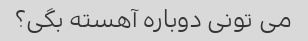
می تونی دوباره آهسته بگی؟